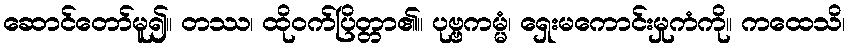
ဆောင်တော်မူ၍။ တဿ၊ ထိုဝက်ပြိတ္တာ၏။ ပုဗ္ဗကမ္မံ၊ ရှေးမကောင်းမှုကံကို။ ကထေသိ၊